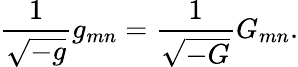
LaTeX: {\frac{1}{\sqrt{-g}}}g_{mn}={\frac{1}{\sqrt{-G}}}G_{mn}.